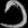
Digit: ၁